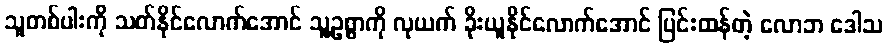
သူတစ်ပါးကို သတ်နိုင်လောက်အောင် သူ့ဥစ္စာကို လုယက် ခိုးယူနိုင်လောက်အောင် ပြင်းထန်တဲ့ လောဘ ဒေါသ